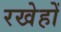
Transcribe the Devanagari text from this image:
रखेहों